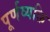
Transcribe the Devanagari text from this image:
पूर्णव्यक्ति